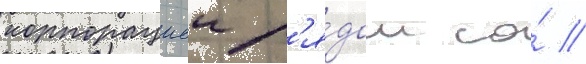
корпорациеи р'я́дом со́ //